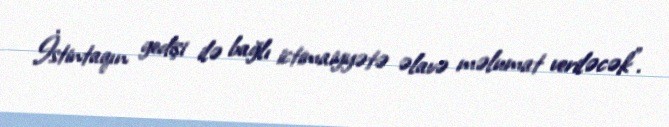
İstintaqın gedişi ilə bağlı ictimaiyyətə əlavə məlumat veriləcək”.